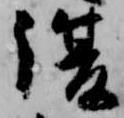
復